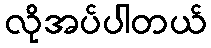
လိုအပ်ပါတယ်